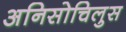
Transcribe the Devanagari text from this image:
अनिसोचिलुस